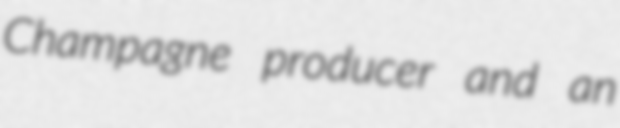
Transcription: Champagne producer and an